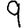
Digit: 9